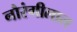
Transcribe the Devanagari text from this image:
नौरंगीलाल